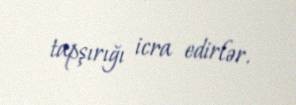
tapşırığı icra edirlər.